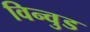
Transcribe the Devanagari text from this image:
विन्वुड